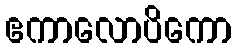
ဧကာလောပိကော